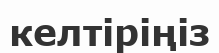
келтіріңіз